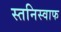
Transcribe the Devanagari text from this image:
स्तनिस्वाफ